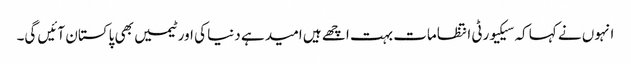
انہوں نے کہا کہ سیکیورٹی انتظامات بہت اچھے ہیں امید ہے دنیا کی اور ٹیمیں بھی پاکستان آئیں گی۔